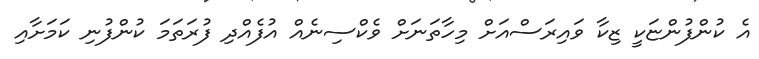
އެ ކުންފުންޏަކީ ޒިކާ ވައިރަސްއަށް މިހާތަނަށް ވެކްސިނެއް އުފެއްދި ފުރަތަމަ ކުންފުނި ކަމަށާއި